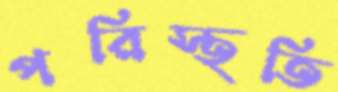
পরিস্থতি